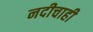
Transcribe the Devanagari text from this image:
नदीचाही